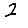
Digit: 2